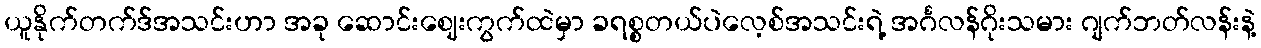
ယူနိုက်တက်ဒ်အသင်းဟာ အခု ဆောင်းဈေးကွက်ထဲမှာ ခရစ္စတယ်ပဲလေ့စ်အသင်းရဲ့ အင်္ဂလန်ဂိုးသမား ဂျက်ဘတ်လန်းနဲ့